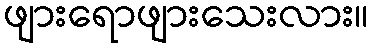
ဖျားရောဖျားသေးလား။